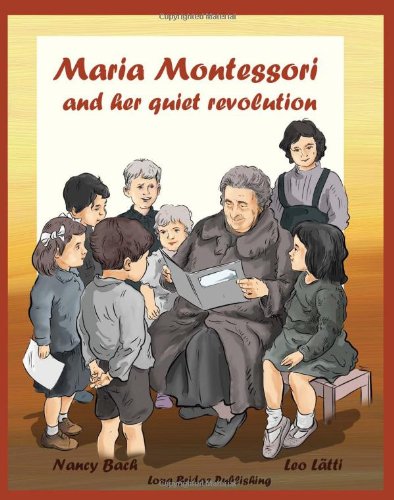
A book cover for Maria Montessori and Her Quiet Revolution: A Picture Book about Maria Montessori and Her School Method; Nancy Bach; Biographies & Memoirs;